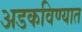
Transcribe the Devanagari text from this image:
अडकविण्यात